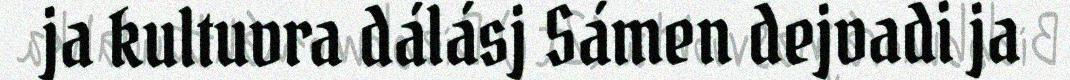
ja kultuvra dálásj Sámen dejvadi ja